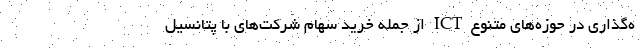
ه‌گذاری در حوزه‌های متنوع ICT از جمله خرید سهام شرکت‌های با پتانسیل